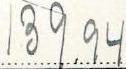
139.94